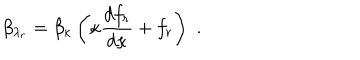
LaTeX: \beta _ { \lambda _ { r } } = \beta _ { \kappa } \left( \kappa \frac { d f _ { r } } { d \kappa } + f _ { r } \right) \, \, .